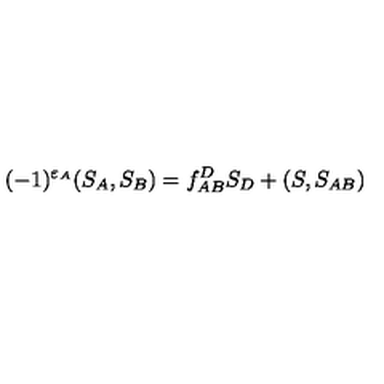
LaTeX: ( - 1 ) ^ { \varepsilon _ { A } } ( S _ { A } , S _ { B } ) = f _ { A B } ^ { D } S _ { D } + ( S , S _ { A B } )